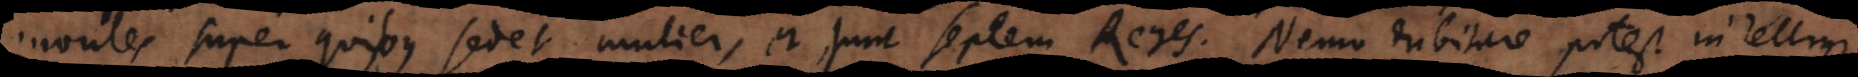
tes super quibus sedet mulier, et sunt septem Reges. Nemo dubitare potest intelligi